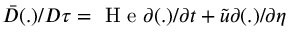
\bar { D } ( . ) / D \tau = \mathrm { ~ H ~ e ~ } \partial ( . ) / \partial t + \tilde { u } \partial ( . ) / \partial \eta